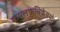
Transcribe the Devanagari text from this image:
कमलकलिकेसमोर